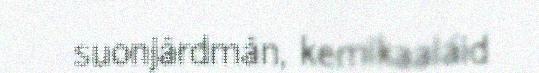
suonjârdmân, kemikaaláid